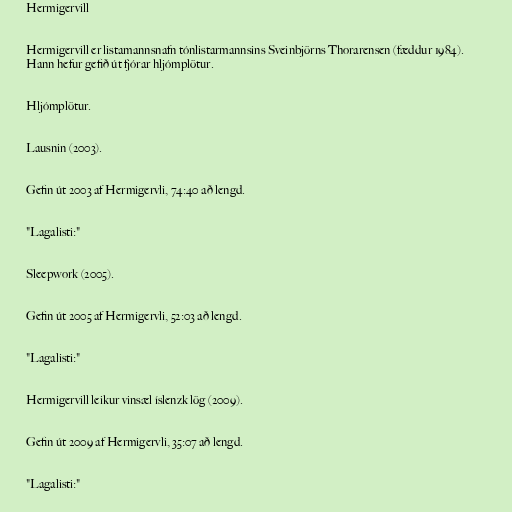
Hermigervill

Hermigervill er listamannsnafn tónlistarmannsins Sveinbjörns Thorarensen (fæddur 1984).
Hann hefur gefið út fjórar hljómplötur.

Hljómplötur.

Lausnin (2003).

Gefin út 2003 af Hermigervli, 74:40 að lengd.

"Lagalisti:"

Sleepwork (2005).

Gefin út 2005 af Hermigervli, 52:03 að lengd.

"Lagalisti:"

Hermigervill leikur vinsæl íslenzk lög (2009).

Gefin út 2009 af Hermigervli, 35:07 að lengd.

"Lagalisti:"